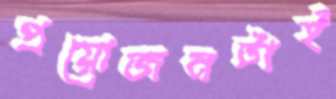
প্রয়োজনটাই